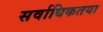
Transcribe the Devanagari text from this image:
सर्वाधिकतया